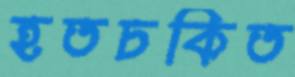
হতচকিত